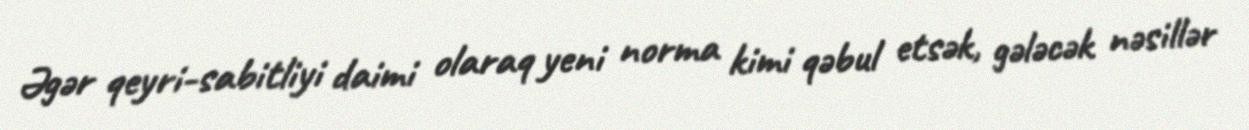
Əgər qeyri-sabitliyi daimi olaraq yeni norma kimi qəbul etsək, gələcək nəsillər